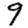
Digit: 9